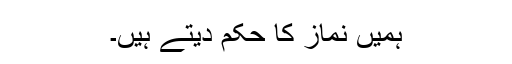
ہمیں نماز کا حکم دیتے ہیں۔